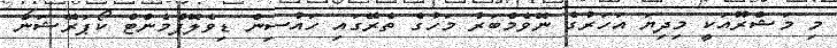
މި މަޝްރޫއަކީ މިދިޔަ އަހަރުގެ ނޮވެމްބަރު މަހުގެ ތެރޭގައި ހައުސިން ޑިވެލޮޕްމެންޓް ކޯޕަރޭޝަން